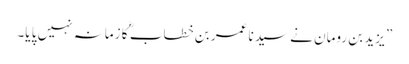
” یزید بن رومان نے سید نا عمر بن خطاب ؓ کا زمانہ نہیں پا یا۔